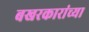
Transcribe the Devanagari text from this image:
बखरकारांच्या